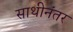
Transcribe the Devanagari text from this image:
साथीनंतर